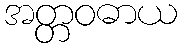
အတ္တဝဓာယ